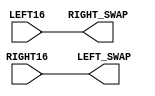

`timescale 1ns / 1ps
//////////////////////////////////////////////////////////////////////////////////
// Company: 
// Engineer: 
// 
// Design Name: 
// Module Name:    Swap 
// Project Name: 
// Target Devices: 
// Tool versions: 
// Description: 
//
// Dependencies: 
//
// Revision: 
// Revision 0.01 - File Created
// Additional Comments: 
//
//////////////////////////////////////////////////////////////////////////////////
module Swap(LEFT16, RIGHT16, LEFT_SWAP, RIGHT_SWAP); 
 
input  [32 : 1]LEFT16; 
 
input  [32 : 1]RIGHT16; 
 
output [32 : 1]LEFT_SWAP; 
 
output [32 : 1]RIGHT_SWAP; 
 
wire   [32 : 1]LEFT16; 
 
wire   [32 : 1]RIGHT16; 
 
wire   [32 : 1]LEFT_SWAP; 
 
wire   [32 : 1]RIGHT_SWAP; 
 
assign LEFT_SWAP  = RIGHT16; 
 
assign RIGHT_SWAP = LEFT16; 
 
endmodule